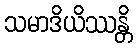
သမာဒိယိဿန္တိ